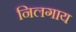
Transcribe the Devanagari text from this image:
निलगाय